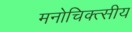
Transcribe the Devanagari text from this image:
मनोचिक्त्सीय